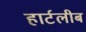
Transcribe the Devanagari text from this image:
हार्टलीब